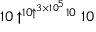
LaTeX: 1 0 \uparrow ^ { 1 0 \uparrow ^ { 3 \times 1 0 ^ { 5 } } 1 0 } 1 0